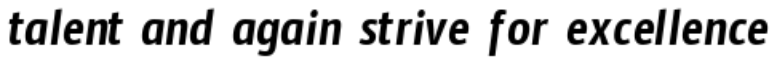
talent and again strive for excellence